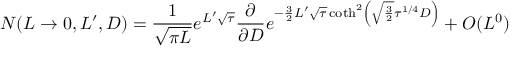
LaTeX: N ( L \to 0 , L ^ { \prime } , D ) = { \frac { 1 } { \sqrt { \pi L } } } e ^ { L ^ { \prime } \sqrt \tau } { \frac { \partial } { \partial D } } e ^ { - { \frac { 3 } { 2 } } L ^ { \prime } \sqrt \tau \coth ^ { 2 } \left( \sqrt { \frac { 3 } { 2 } } \tau ^ { 1 / 4 } D \right) } + O ( L ^ { 0 } )